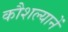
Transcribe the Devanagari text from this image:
कौशल्यानें